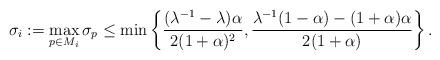
LaTeX: \begin{align*}\sigma_{i}:=\max_{p\in M_{i}}\sigma_{p}\leq \min\left\{ \frac{(\lambda^{-1}-\lambda)\alpha}{2(1+\alpha)^{2}},\frac{\lambda^{-1}(1-\alpha)-(1+\alpha)\alpha}{2(1+\alpha)}\right\}.\end{align*}